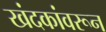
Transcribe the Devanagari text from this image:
खंदकांवरून